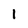
Character: 1